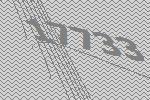
17733